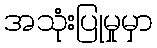
အသုံးပြုမှုမှာ